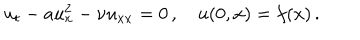
LaTeX: u _ { t } - a u _ { x } ^ { 2 } - { \nu } { u } _ { x x } = 0 \, , \quad u ( 0 , x ) = f ( x ) \, .